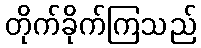
တိုက်ခိုက်ကြသည်